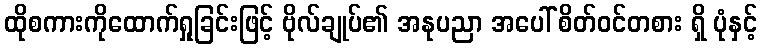
ထိုစကားကိုထောက်ရှုခြင်းဖြင့် ဗိုလ်ချုပ်၏ အနုပညာ အပေါ် စိတ်ဝင်တစား ရှိ ပုံနှင့်